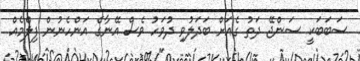
ސަބަބަކީ ސަންޖޭ ދަތު ގެއަށް ބަދަލުވި ދުވަހު ވެސް އޭނާގެ އަންހެނުން ފިލްމެއް